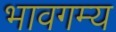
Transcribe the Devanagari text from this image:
भावगम्य